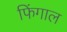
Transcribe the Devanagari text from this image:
फिंगाल